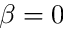
\beta = 0